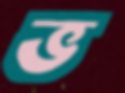
ভ